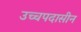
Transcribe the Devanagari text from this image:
उच्चपदासीन